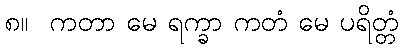
၈။  ကတာ မေ ရက္ခာ ကတံ မေ ပရိတ္တံ